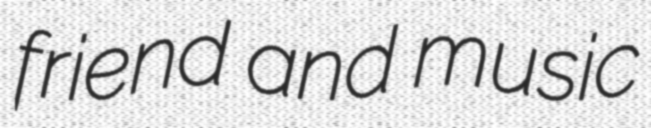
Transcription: friend and music